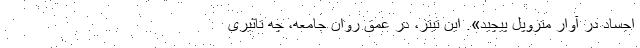
اجساد در آوار متروپل پیچید». این تیتر، در عمق روان جامعه، چه تاثیری